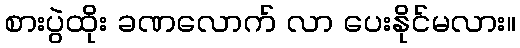
စားပွဲထိုး ခဏလောက် လာ ပေးနိုင်မလား။